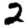
Digit: 2